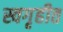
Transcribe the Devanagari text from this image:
स्वगृहीत